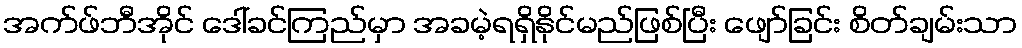
အက်ဖ်ဘီအိုင် ဒေါ်ခင်ကြည်မှာ အခမဲ့ရရှိနိုင်မည်ဖြစ်ပြီး ဖျော်ခြင်း စိတ်ချမ်းသာ